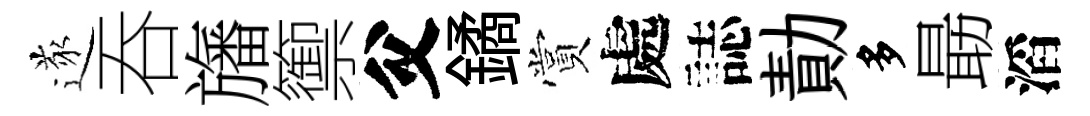
遂吞旛籞父鐍賞處誌勣多朂滔